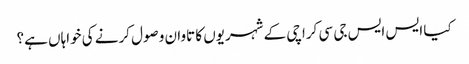
کیا ایس ایس جی سی کراچی کے شہریوں کا تاوان وصول کرنے کی خواہاں ہے؟